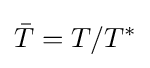
{\bar {T}}=T/T^{*}